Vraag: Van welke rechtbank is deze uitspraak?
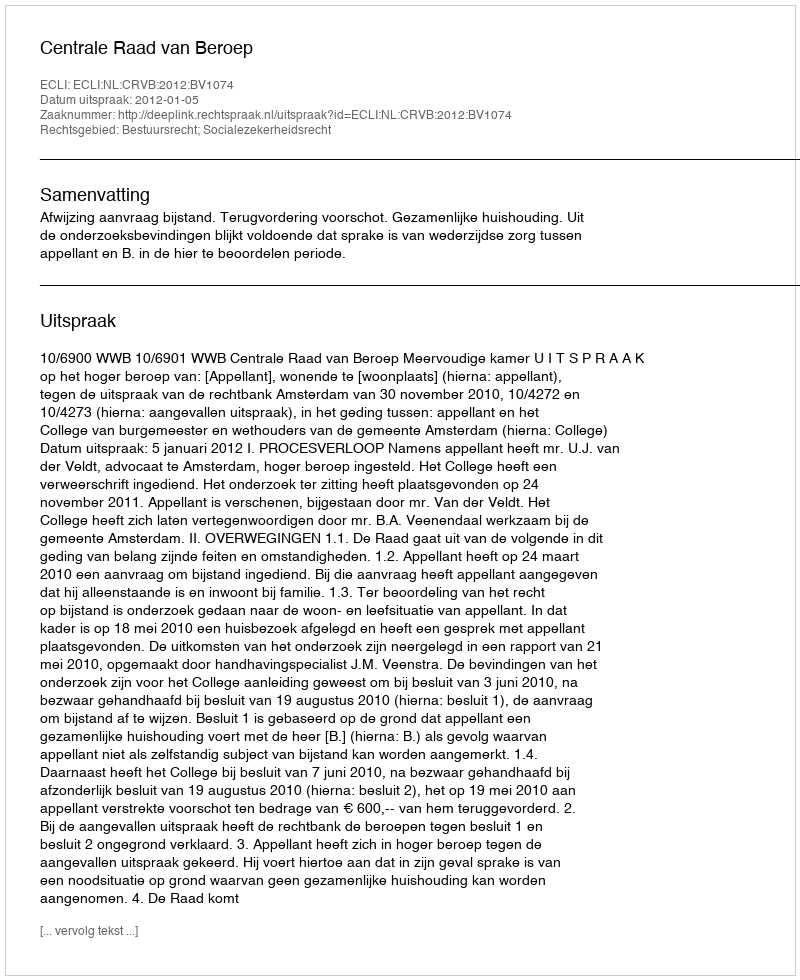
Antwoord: Centrale Raad van Beroep